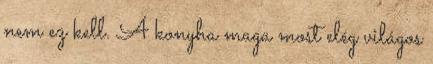
nem ez kell. A konyha maga most elég világos